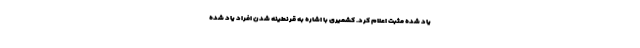
یاد شده مثبت اعلام کرد. کشمیری با اشاره به قرنطینه شدن افراد یاد شده